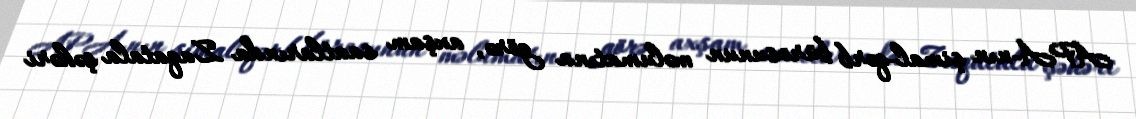
APA-nın şimal-qərb bürosunun məlumatına görə, axşam saatlarında Zaqatala şəhəri